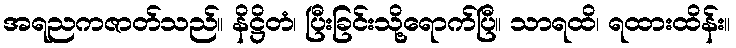
အရညကဇာတ်သည်။ နိဋ္ဌိတံ၊ ပြီးခြင်းသို့ရောက်ပြီ။ သာရထိ၊ ရထားထိန်း။